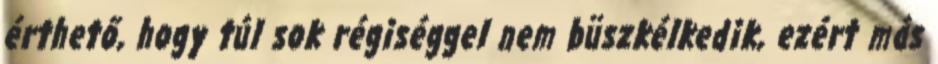
érthető, hogy túl sok régiséggel nem büszkélkedik, ezért más